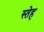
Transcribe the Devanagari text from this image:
स्तेह